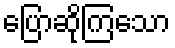
ပြောဆိုကြသော